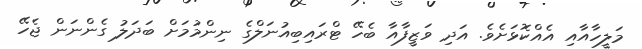
މަލީހާއާއި އެއްކޮޅަށެވެ. އަދި ވަޒީފާއާ ބެހޭ ޓްރައިބިއުނަލްގެ ނިންމުމަށް ބަދަލު ގެންނަން ޖެހޭ